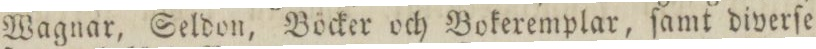
Wagnar, Seldon, Böcker och Bokeremplar, ſamt diverſe